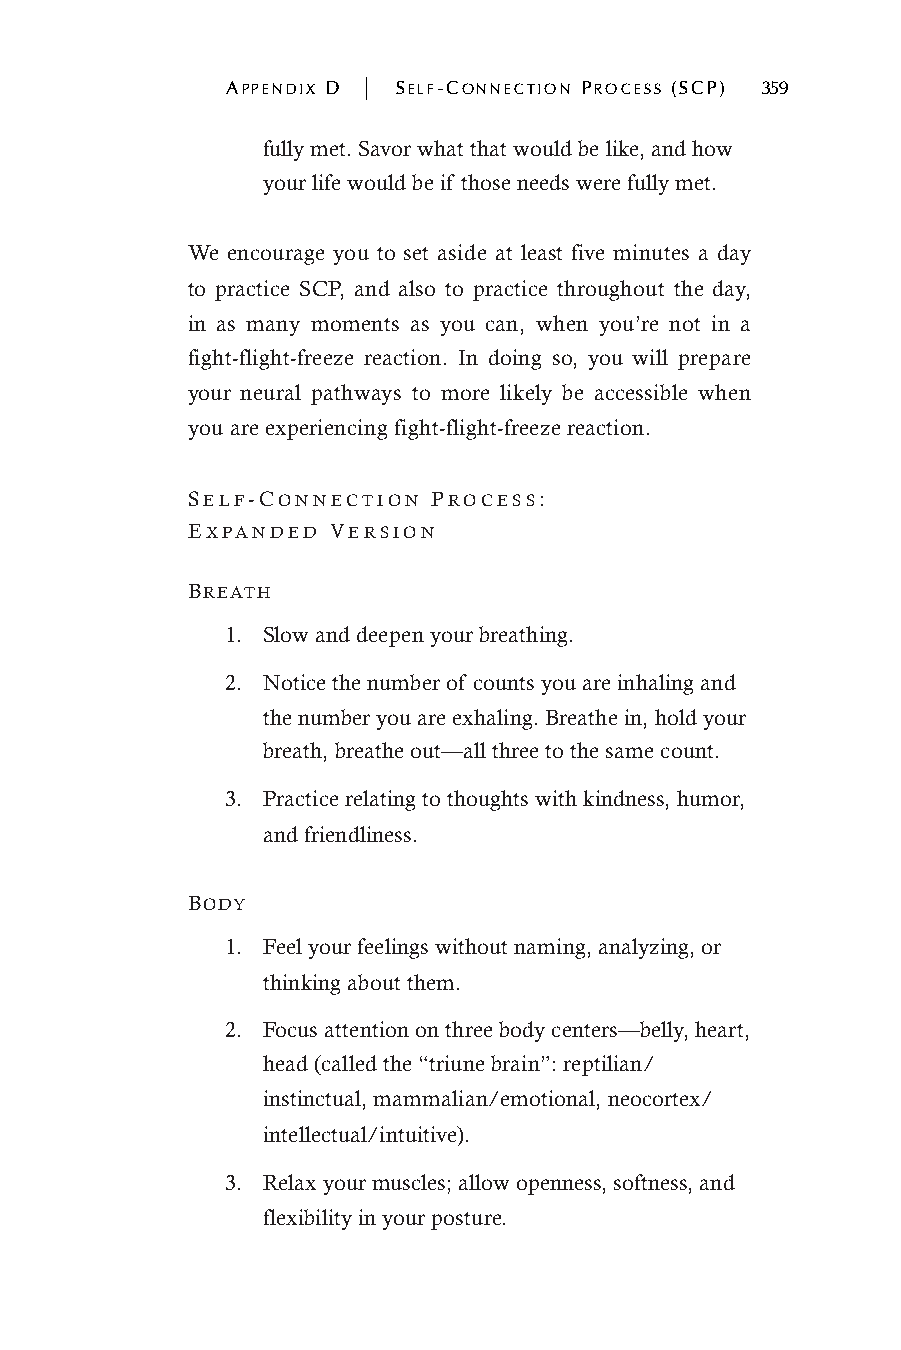
APPENDIX D | SELF-CONNECTION PROCESS (SCP) 359
 fully met. Savor what that would be like, and how
 your life would be if those needs were fully met.
 We encourage you to set aside at least five minutes a day
 to practice SCP, and also to practice throughout the day,
 in as many moments as you can, when you’re not in a
 fight-flight-freeze reaction. In doing so, you will prepare
 your neural pathways to more likely be accessible when
 you are experiencing fight-flight-freeze reaction.
 SELF-CONNECTION  PROCESS:
 EXPANDED  VERSION
 BREATH
 1. Slow and deepen your breathing.
 2. Notice the number of counts you are inhaling and
 the number you are exhaling. Breathe in, hold your
 breath, breathe out—all three to the same count.
 3. Practice relating to thoughts with kindness, humor,
 and friendliness.
 BODY
 1. Feel your feelings without naming, analyzing, or
 thinking about them.
 2. Focus attention on three body centers—belly, heart,
 head (called the “triune brain”: reptilian/
 instinctual, mammalian/emotional, neocortex/
 intellectual/intuitive).
 3. Relax your muscles; allow openness, softness, and
 flexibility in your posture.